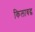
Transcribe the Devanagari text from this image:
किलाबद्ध